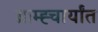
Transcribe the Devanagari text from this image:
ब्राम्ह्चार्यांत